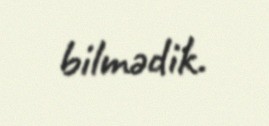
bilmədik.